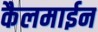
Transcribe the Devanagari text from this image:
कैलमाईन